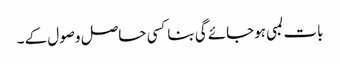
بات لمبی ہوجائے گی بناکسی حاصل وصول کے ۔